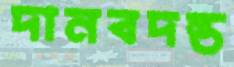
দানবদন্ত